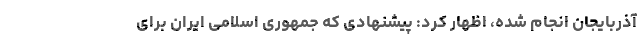
آذربایجان انجام شده، اظهار کرد: پیشنهادی که جمهوری اسلامی ایران برای